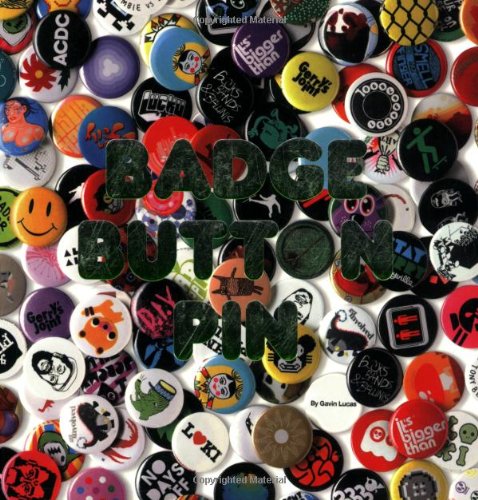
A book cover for Badge / Button / Pin; Gavin Lucas; Crafts, Hobbies & Home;